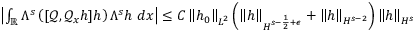
\begin{array} { r } { \left| \int _ { \mathbb R } \Lambda ^ { s } \left( [ \mathscr { Q } , \mathscr { Q } _ { x } h ] h \right) \Lambda ^ { s } h \ d x \right| \leq C \left\| h _ { 0 } \right\| _ { L ^ { 2 } } \left( \left\| h \right\| _ { H ^ { s - \frac { 1 } { 2 } + \epsilon } } + \left\| h \right\| _ { H ^ { s - 2 } } \right) \left\| h \right\| _ { H ^ { s } } } \end{array}